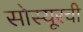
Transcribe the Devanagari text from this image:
सोस्यूरची